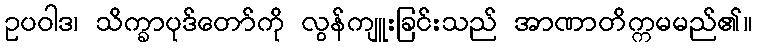
ဥပဝါဒ၊ သိက္ခာပုဒ်တော်ကို လွန်ကျူးခြင်းသည် အာဏာတိက္ကမမည်၏။